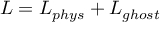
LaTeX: { \cal L } = { \cal L } _ { p h y s } + { \cal L } _ { g h o s t }